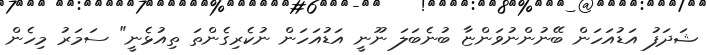
ޝަދަފު އަޑުއަހަން ބޭނުންނުވަންޏާ ބުނެބަލަ ނޫނީ އަޑުއަހަން ނުކެރިގެންތަ ތިއުޅެނީ" ސަމަރު މިހެން